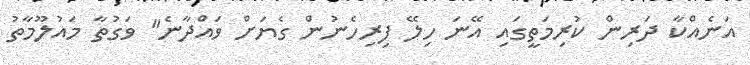
އަނެއްކާ ދަރިން ކުރިމަތީގައި އޭނަ ހިލޭ ފިރިހެނުން ގެޔަށް ވައްދާނެ" ވަގުތާ މައުލޫމާތު